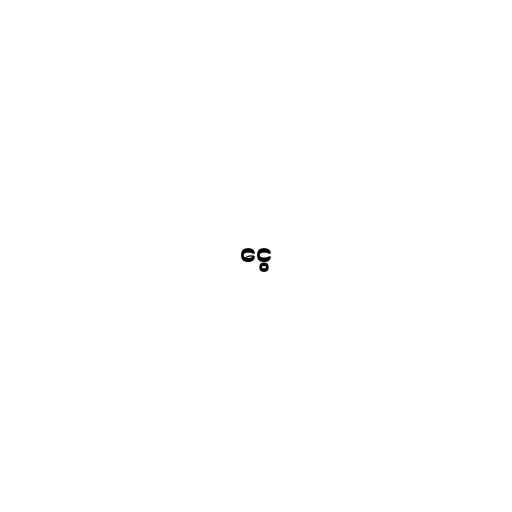
ငွေ